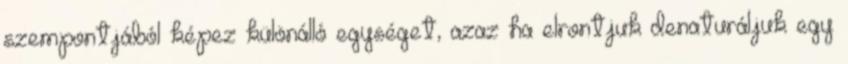
szempontjából képez különálló egységet, azaz ha elrontjuk denaturáljuk egy